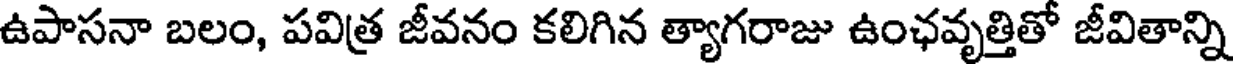
ఉపాసనా బలం, పవిత్ర జీవనం కలిగిన త్యాగరాజు ఉంఛవృత్తితో జీవితాన్ని